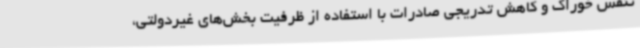
تنفس خوراک و کاهش تدریجی صادرات با استفاده از ظرفیت بخش‌های غیردولتی،